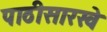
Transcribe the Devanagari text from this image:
पाठीसारखे